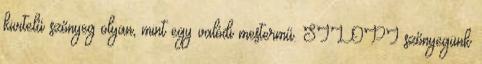
kivitelű szőnyeg olyan, mint egy valódi mestermű. SILOPI szőnyegünk